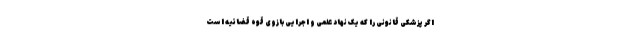
اگر پزشکی قانونی را که یک نهاد علمی و اجرایی بازوی قوه قضائیه است